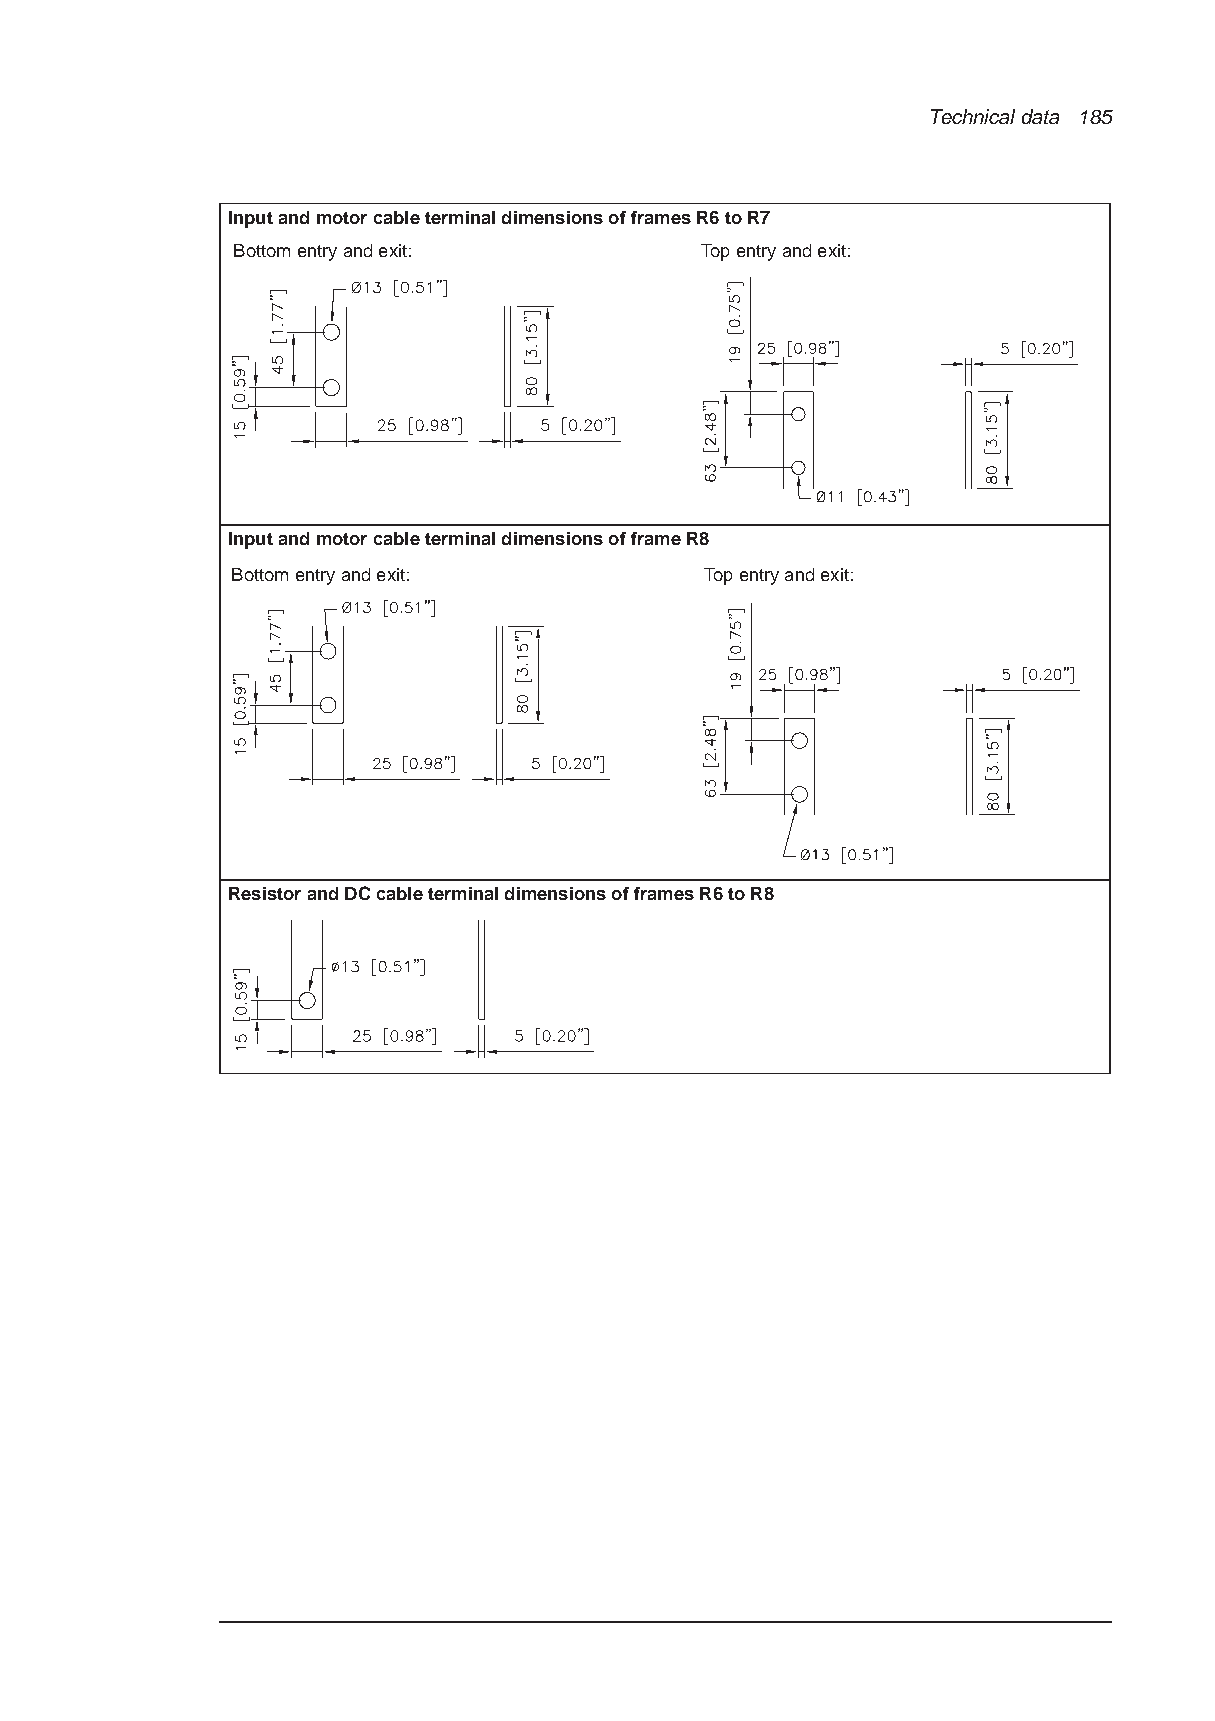
Technical data 185
 Input and motor cable terminal dimensions of frames R6 to R7
 Bottom entry and exit:         Top entry and exit:
 Input and motor cable terminal dimensions of frame R8
 Bottom entry and exit:          Top entry and exit:
 Resistor and DC cable terminal dimensions of frames R6 to R8